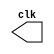
// FAVOR COLOCAR NOME E MATRICULA

// ---------------------------
// -- test clock generator (1) 
// --------------------------- 
module clock ( clk ); 
output clk; 
reg clk; 
initial 
begin 
clk = 1'b0; 
end 
always 
begin 
#12 clk = ~clk; 
end 
endmodule // clock ( ) 
module Exemplo0041; 
wire clk; 
clock CLK1 ( clk ); 
initial begin 
$dumpfile ( "Exemplo041.vcd" ); 
$dumpvars; 
#120 $finish; 
end 
endmodule // Exemplo041 ( )